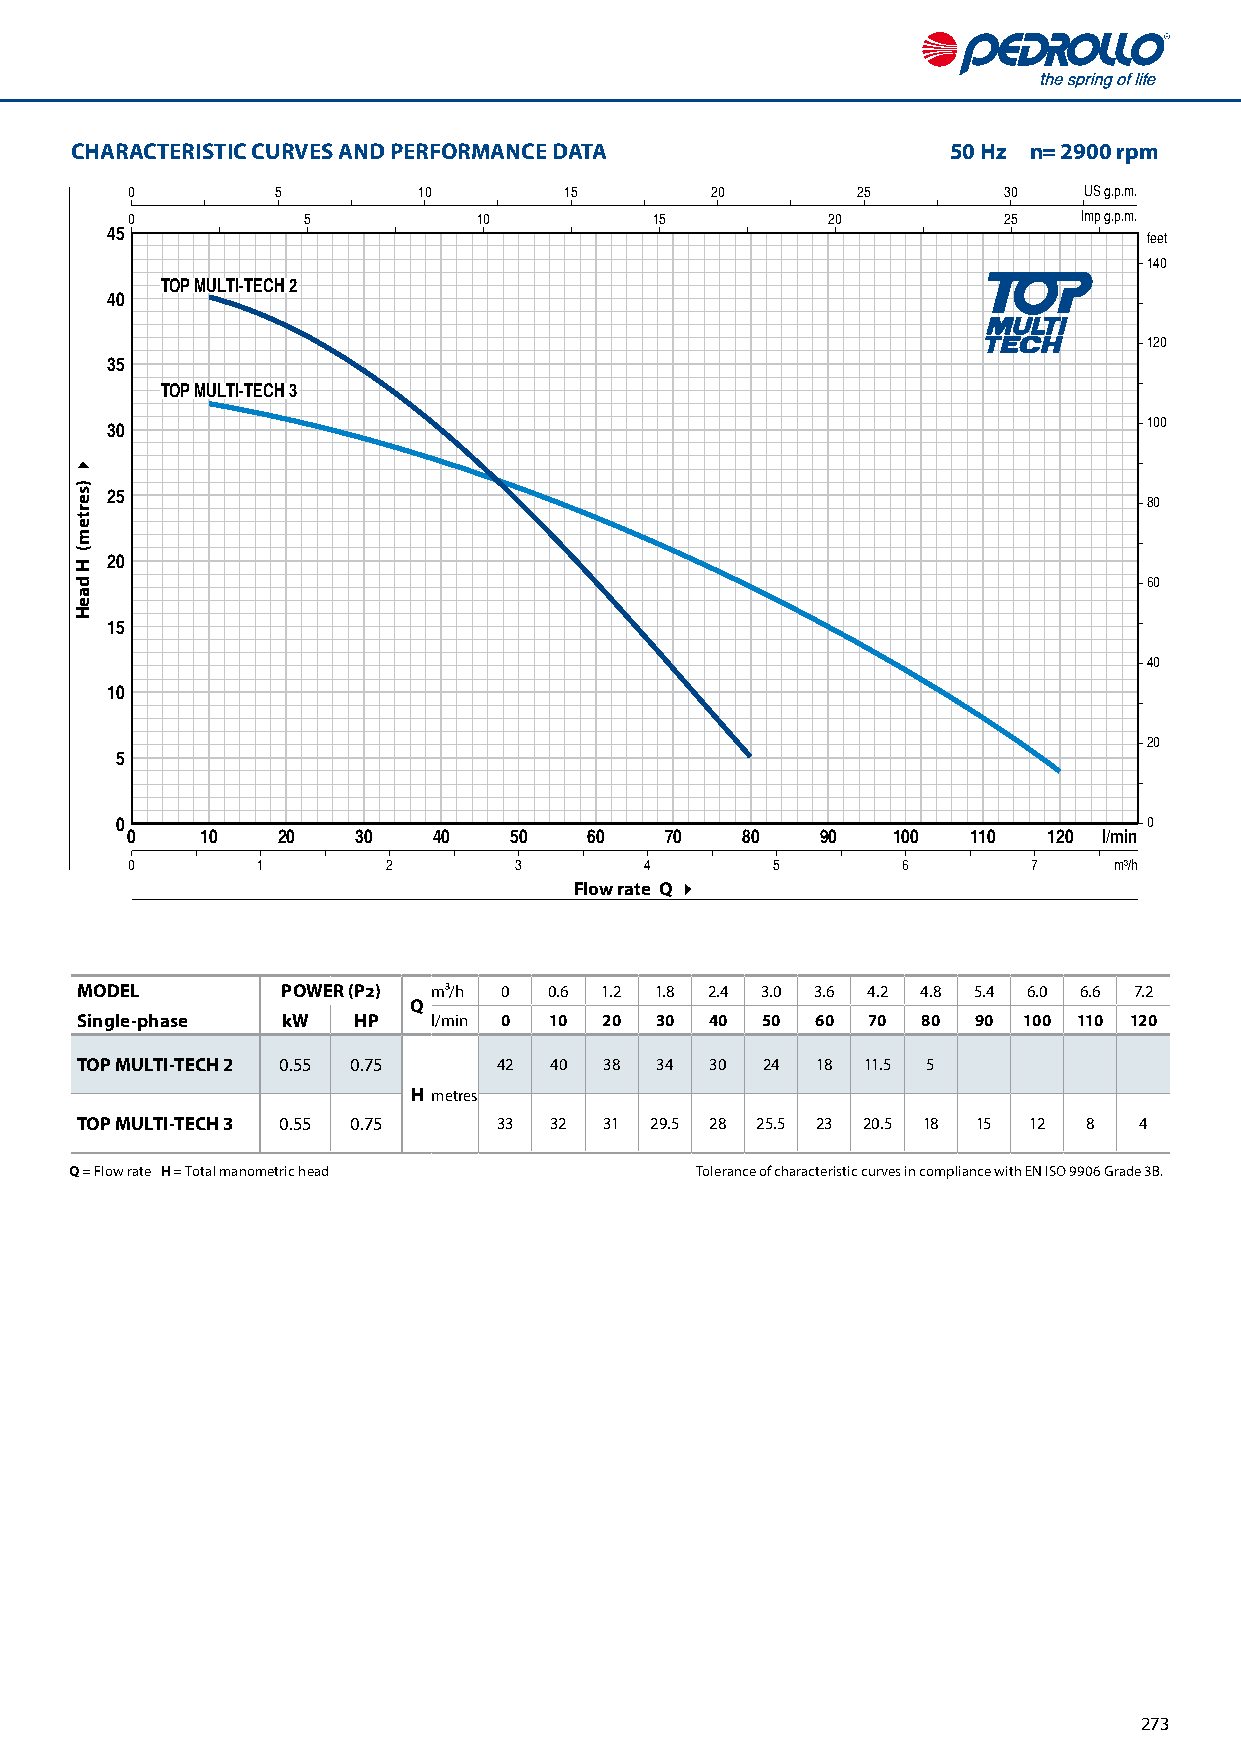
CHARACTERISTIC CURVES AND PERFORMANCE DATA                50 Hz n= 2900 rpm
 0         5         10       15        20        25       30    US g.p.m.
 0           5           10         15          20         25    Imp g.p.m.
 45                                                                   feet
 140
 TOP MULTI-TECH 2
 40
 120
 35
 TOP MULTI-TECH 3
 30                                                                   100
 25
 80
 20
 60
 15
 40
 10
 20
 5
 0                                                                   0
 0    10   20    30   40   50   60   70   80   90   100  110  120 l/min
 0        1        2       3        4       5        6       7     m³/h
 Flow rate Q 4
 MODEL         POWER (P2) m³/h 0 0.6 1.2 1.8 2.4 3.0 3.6 4.2 4.8 5.4 6.0 6.6 7.2
 Q
 Single-phase  kW  HP    l/min 0 10 20 30  40 50  60 70  80 90  100 110 120
 TOP MULTI-TECH 2 0.55 0.75  42 40  38 34  30 24  18 11.5 5
 H metres
 TOP MULTI-TECH 3 0.55 0.75  33 32  31 29.5 28 25.5 23 20.5 18 15 12 8 4
 Q = Flow rate H = Total manometric head  Tolerance of characteristic curves in compliance with EN ISO 9906 Grade 3B.
 273
 4
 )sertem(
 H
 daeH